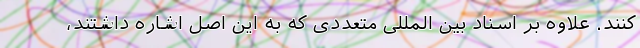
کنند. علاوه بر اسناد بین المللی متعددی که به این اصل اشاره داشتند،